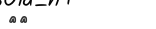
٥٨